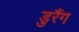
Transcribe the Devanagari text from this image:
डुरैंग